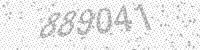
Solution: 889041